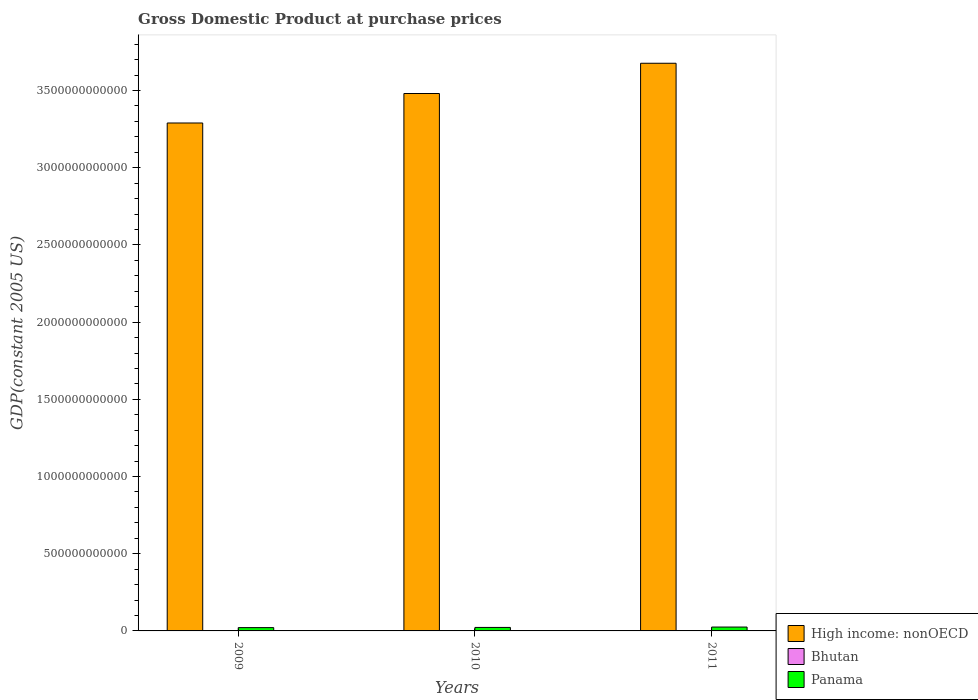
| Years | High income: nonOECD | Bhutan | Panama |
 | --- | --- | --- | --- |
 | 2009 | 3.29e+12 | 1.15e+09 | 2.14e+10 |
 | 2010 | 3.48e+12 | 1.29e+09 | 2.26e+10 |
 | 2011 | 3.68e+12 | 1.39e+09 | 2.5e+10 |